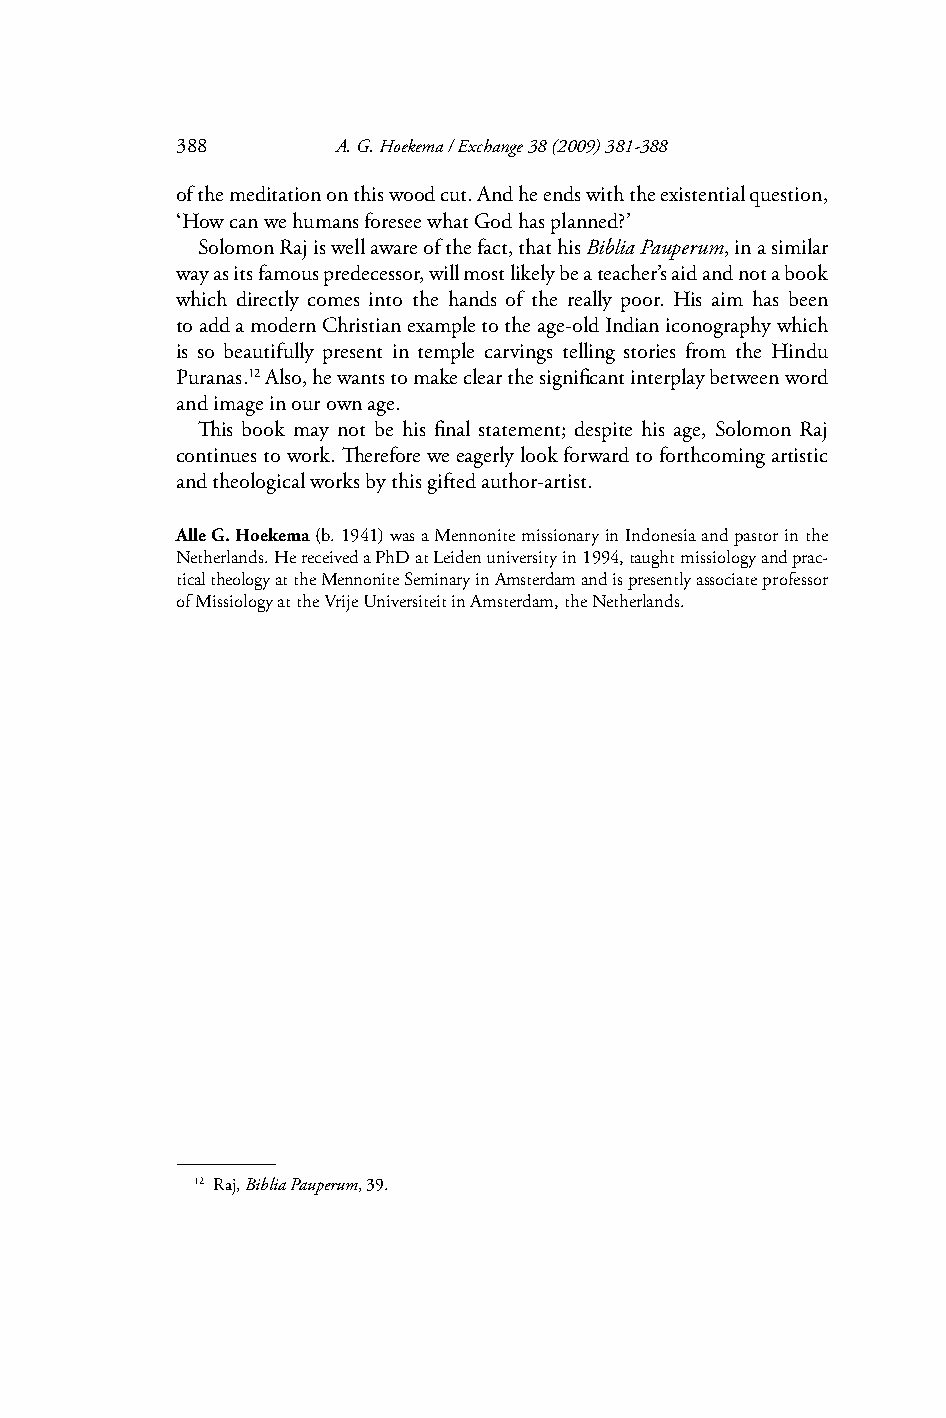
388       A. G. Hoekema / Exchange 38 (2009) 381-388
 of the meditation on this wood cut. And he ends with the existential question,
 ‘How can we humans foresee what God has planned?’
 Solomon Raj is well aware of the fact, that his Biblia Pauperum, in a similar
 way as its famous predecessor, will most likely be a teacher’s aid and not a book
 which directly comes into the hands of the really poor. His aim has been
 to add a modern Christian example to the age-old Indian iconography which
 is so beautifully present in temple carvings telling stories from the Hindu
 Puranas.12 Also, he wants to make clear the signifi cant interplay between word
 and image in our own age.
 Th is book may not be his fi nal statement; despite his age, Solomon Raj
 continues to work. Th erefore we eagerly look forward to forthcoming artistic
 and theological works by this gifted author-artist.
 Alle G. Hoekema (b. 1941) was a Mennonite missionary in Indonesia and pastor in the
 Netherlands. He received a PhD at Leiden university in 1994, taught missiology and prac-
 tical theology at the Mennonite Seminary in Amsterdam and is presently associate professor
 of Missiology at the Vrije Universiteit in Amsterdam, the Netherlands.
 12 Raj, Biblia Pauperum, 39.